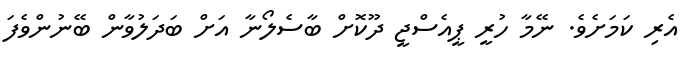
އެރި ކަމަށެވެ. ނޭމާ ހުރީ ޕީއެސްޖީ ދޫކޮށް ބާސެލޯނާ އަށް ބަދަލުވާން ބޭނުންވެފަ